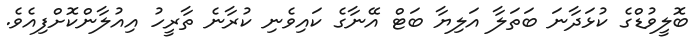
ބޮލީވުޑްގެ ކުޅަދާނަ ބަތަލާ އަލިޔާ ބަޓް އޭނާގެ ކައިވެނި ކުރާނެ ތާރީހު އިއުލާންކޮށްފިއެވެ.